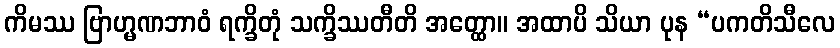
ကိမဿ ဗြာဟ္မဏဘာဝံ ရက္ခိတုံ သက္ခိဿတီတိ အတ္ထော။ အထာပိ သိယာ ပုန “ပကတိသီလေ